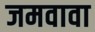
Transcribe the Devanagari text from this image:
जमवावा